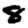
Digit: 8